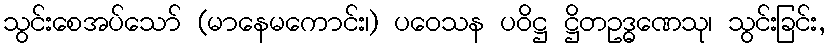
သွင်းစေအပ်သော် (မာနေမကောင်း၊) ပဝေသန ပဝိဋ္ဌ ဋ္ဌိတဥဒ္ဓဏေသု၊ သွင်းခြင်း,